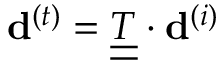
{ { \bf d } ^ { ( t ) } } = \underline { { \underline { { T } } } } \cdot { { \bf d } ^ { ( i ) } }